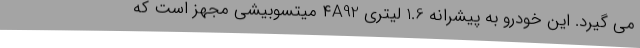
می گیرد. این خودرو به پیشرانه 1.6 لیتری ۴A92 میتسوبیشی مجهز است که